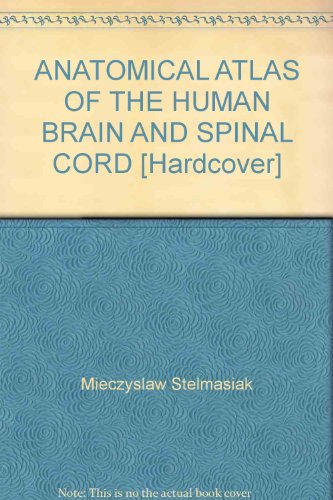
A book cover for ANATOMICAL ATLAS OF THE HUMAN BRAIN AND SPINAL CORD [Hardcover]; Mieczyslaw Stelmasiak; Health, Fitness & Dieting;